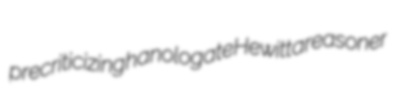
precriticizing hanologate Hewitt areasoner